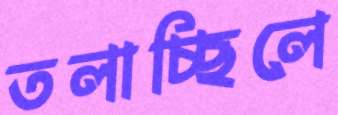
তলাচ্ছিলে